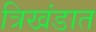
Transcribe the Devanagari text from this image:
त्रिखंडात